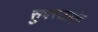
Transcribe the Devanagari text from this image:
सुपरजाएंट